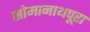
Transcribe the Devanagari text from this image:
सोमानाथपूरा